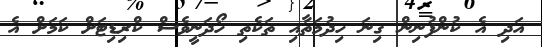
އަދި އެ ކުންފުނިން ގިނަ ހިދުމަތާއި ތަކެތި ހޯދަނީވެސް ކްރިޑިޓަށް ކަމަށް އެ